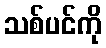
သစ်ပင်ကို